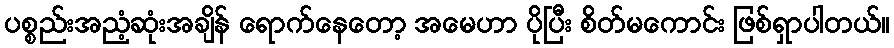
ပစ္စည်းအညံ့ဆုံးအချိန် ရောက်နေတော့ အမေဟာ ပိုပြီး စိတ်မကောင်း ဖြစ်ရှာပါတယ်။